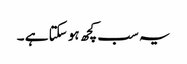
یہ سب کچھ ہو سکتا ہے ۔